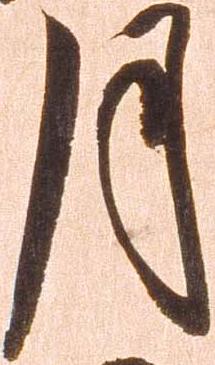
月